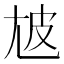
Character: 㝿